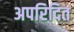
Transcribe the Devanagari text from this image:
अपरिदित